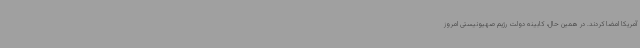
آمریکا امضا کردند. در همین حال، کابینه دولت رژیم صهیونیستی امروز